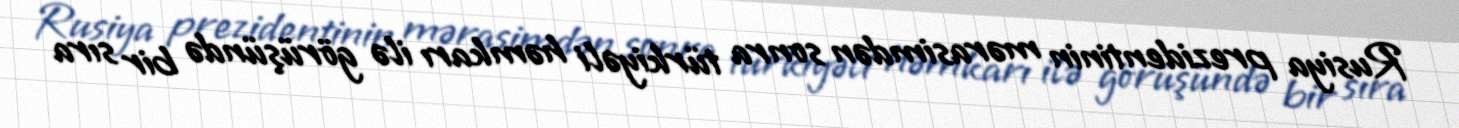
Rusiya prezidentinin mərasimdən sonra türkiyəli həmkarı ilə görüşündə bir sıra